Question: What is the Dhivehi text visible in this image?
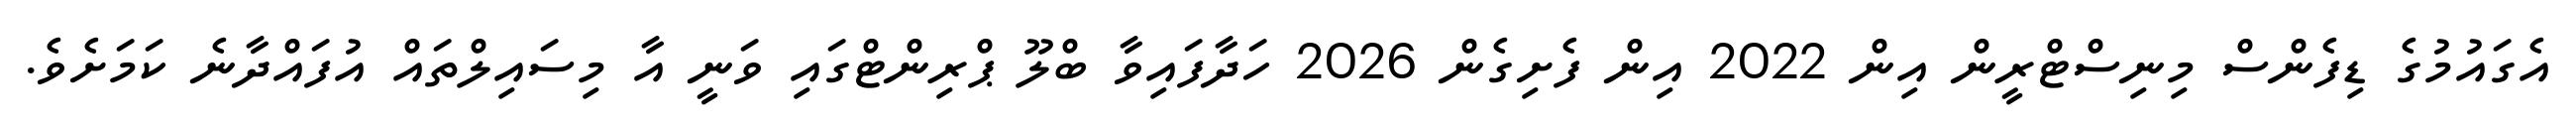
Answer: އެގައުމުގެ ޑިފެންސް މިނިސްޓްރީން އިން 2022 އިން ފެށިގެން 2026 ހަދާފައިވާ ބްލޫ ޕްރިންޓްގައި ވަނީ އާ މިސައިލްތައް އުފައްދާނެ ކަމަށެވެ.